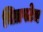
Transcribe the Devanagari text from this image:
चित्रपटेच